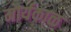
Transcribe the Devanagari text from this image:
मौर्यकाळ